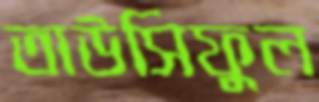
তাউসিফুল